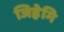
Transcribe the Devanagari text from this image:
जिह्रेमि